Bréfritari: Ragnheiður Daníelsdóttir
Viðtakandi: Daníel Halldórsson og Jakobína Magnúsdóttir
Dagsetning: A-1891-06-30
Skrifað á: Skeggjastöðum  N-Múl. ?
Ragnheiður var dóttir Daníels og Jakobínu

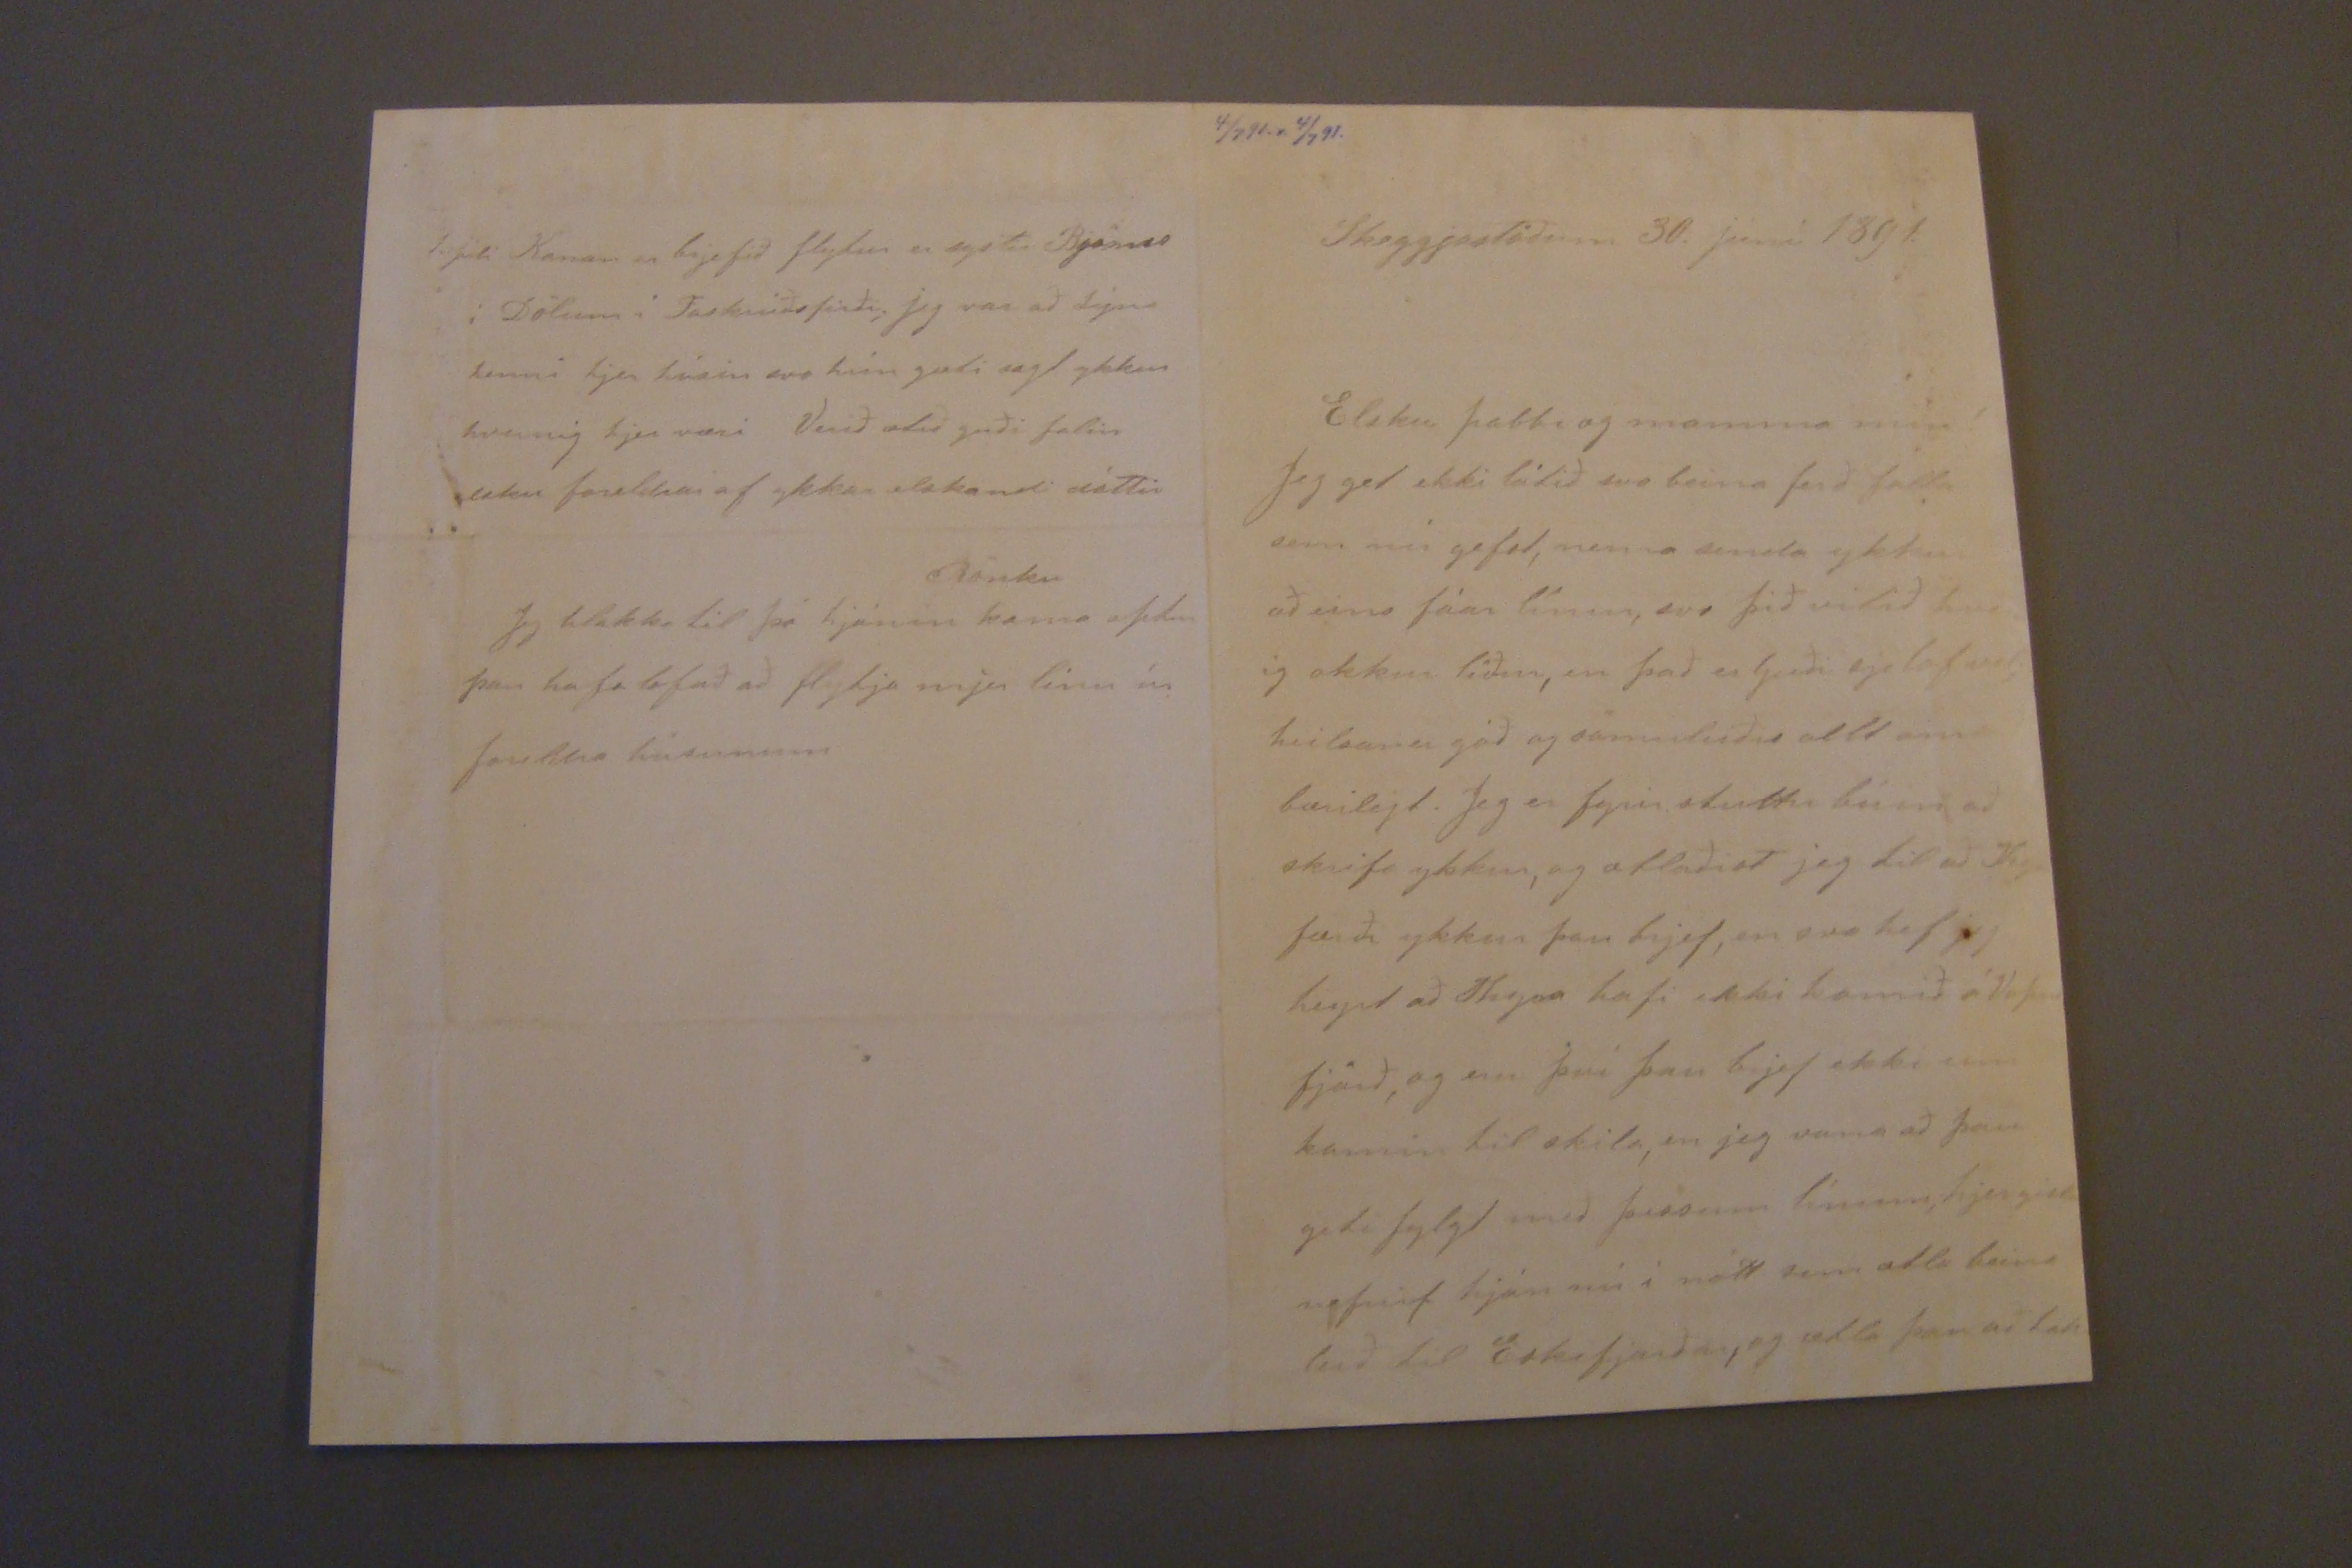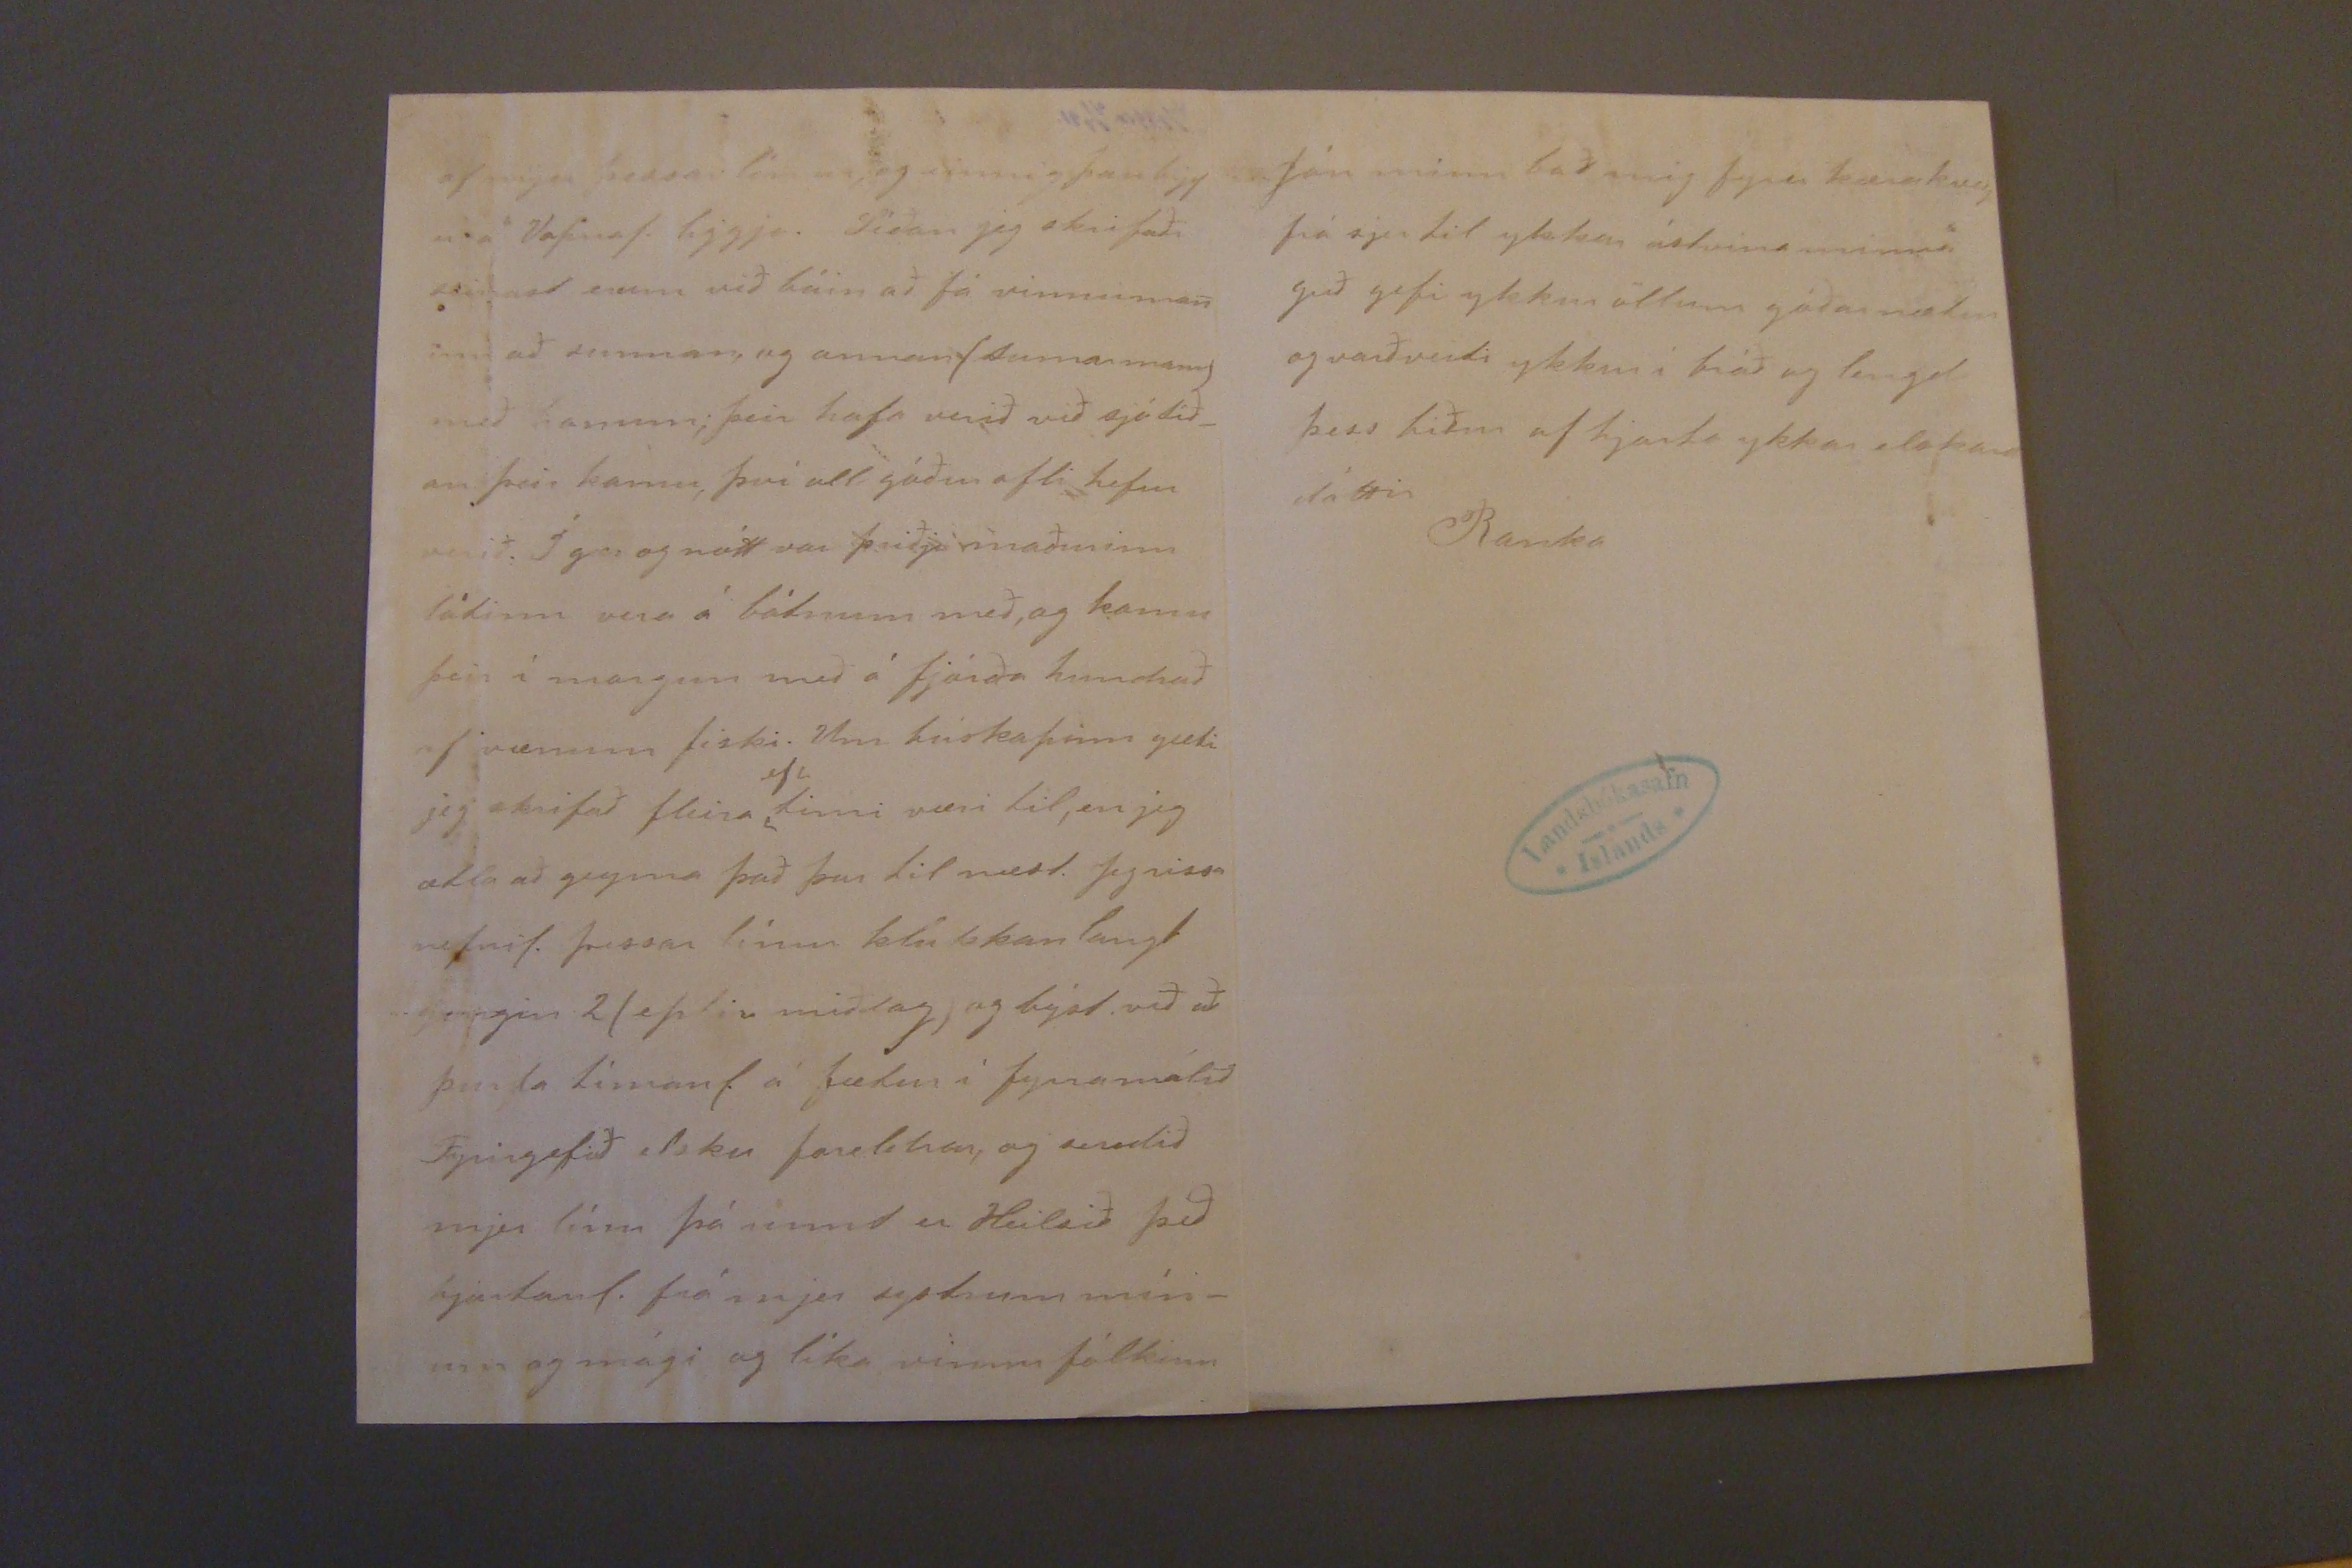

4/7 91. s. 4/7 91.
Skeggjastöðum 30. júní 1891
Elsku pabbi og mamma mín!
Jeg get ekki látið svo beina ferð falla sem nú gefst, nema senda ykkur aðeins fáar línur, svo þið vitið hvern ig okkur líður, en það er Guði sje lof vel; heilsan er góð og sömuleiðis allt annað bærilegt. Jeg er fyrir stuttu búin að skrifa ykkur, og ætlaðist jeg til að Thyra færði ykkur þau brjef, en svo hef jeg heyrt að Thyra hafi ekki komið á Vopna fjörð, og eru því þau brjef ekki enn komin til skila, en jeg vona að þau geti fylgt með þessum línum; hjer gistu nefnil. hjón nú í nótt sem ætla beina leið til Eskifjarðar, og ætla þau að láta
af mjer þessar línur, og einnig þau brjef er á Vopnaf. liggja. Síðan jeg skrifaði seinast erum við búin að fá vinnuman inn að sunnan, og annan (sunnan mann) með honum; þeir hafa verið við sjó síð_ an þeir komu, því all góður afli hefur verið. Í gær og nótt var þriðji maðurinn látinn vera á bátnum með, og komu þeir í morgun með á fjórða hundrað af vænum fiski. Um búskapinn gæti jeg skrifað fleira
ef
tími væri til, en jeg ætla að geyma það þar til næst. Jeg rissa nefnil. þessar línur klukkan langt gengin 2 (eptir miðdag) og býst við að þurfa tímanl. á fætur í fyrramálið Fyrirgefið elsku foreldrar, og sendið mjer línu þá unnt er. Heilsið þið hjartanl. frá mjer systrum mín- um og mági og líka vinnufólkinu
Jón minn bað mig fyrir kæra kveðju frá sjer til ykkar ástvina minna Guð gefi ykkur öllum góðar nætur og varðveiti ykkur í bráð og lengd þess biður af hjarta ykkar elskandi dóttir
Ranka
1. júli Konan er brjefið flytur er systir Björns í Dölum í Faskrúðsfirði; jeg var að sýna henni hjer húsin svo hún gæti sagt ykkur hvernig hjer væri Verið ætíð guði falin elsku foreldrar af ykkar elskandi dóttir
Rönku
Jeg hlakka til þá hjónin koma aptur þau hafa lofað að flytja mjer línur úr foreldra húsunum